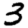
Digit: 3